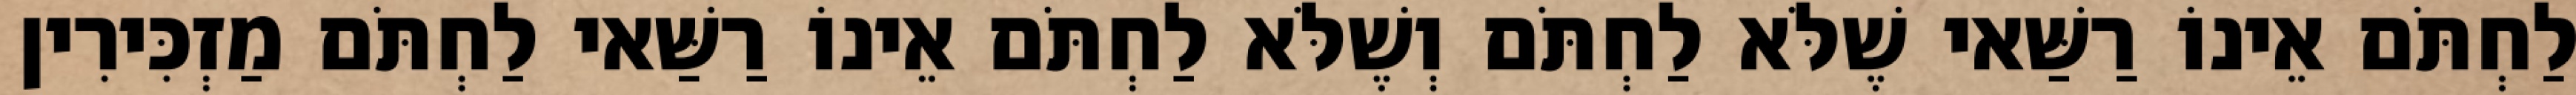
לַחְתֹּם אֵינוֹ רַשַּׁאי שֶׁלֹּא לַחְתֹּם וְשֶׁלֹּא לַחְתֹּם אֵינוֹ רַשַּׁאי לַחְתֹּם מַזְכִּירִין